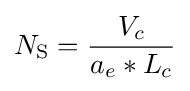
N_{\text{S}}={\frac {V_{c}}{a_{e}*L_{c}}}